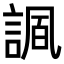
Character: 𧩠